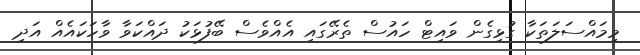
މިމައްސަލަތަކާ ގުޅިގެން ވައިޓް ހައުސް ތެރޭގައި އެއްވެސް ބޭފުޅަކު ދައްކަވާ ވާހަކައެއް އަދި